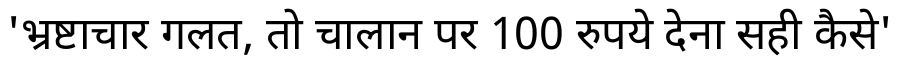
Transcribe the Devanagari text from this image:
'भ्रष्टाचार गलत, तो चालान पर 100 रुपये देना सही कैसे'